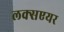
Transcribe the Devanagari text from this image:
लक्सएयर